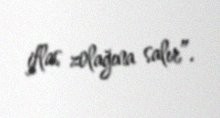
iflas zolağına salır”.